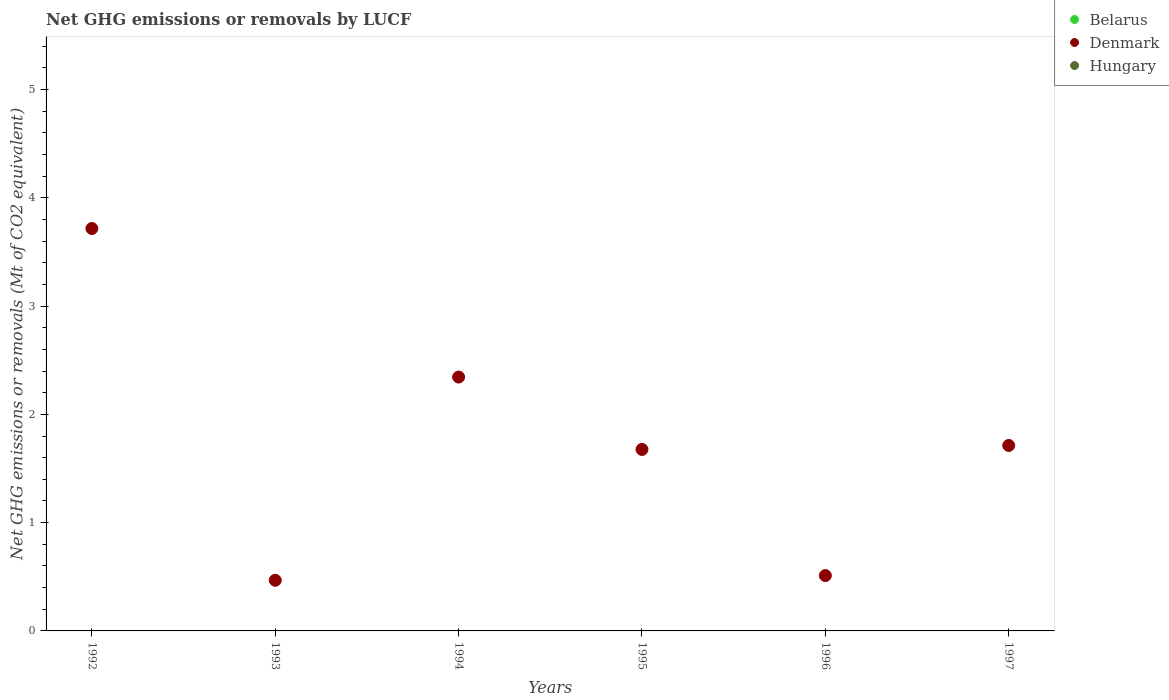
| Years | Belarus | Denmark | Hungary |
 | --- | --- | --- | --- |
 | 1992 | -28.8 | 3.72 | -3.32 |
 | 1993 | -22.5 | 0.468 | -5.28 |
 | 1994 | -31.7 | 2.34 | -5.75 |
 | 1995 | -31.2 | 1.68 | -5.78 |
 | 1996 | -29.3 | 0.511 | -1.86 |
 | 1997 | -26.4 | 1.71 | -2.03 |